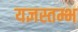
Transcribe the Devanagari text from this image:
यज्ञस्तम्भ